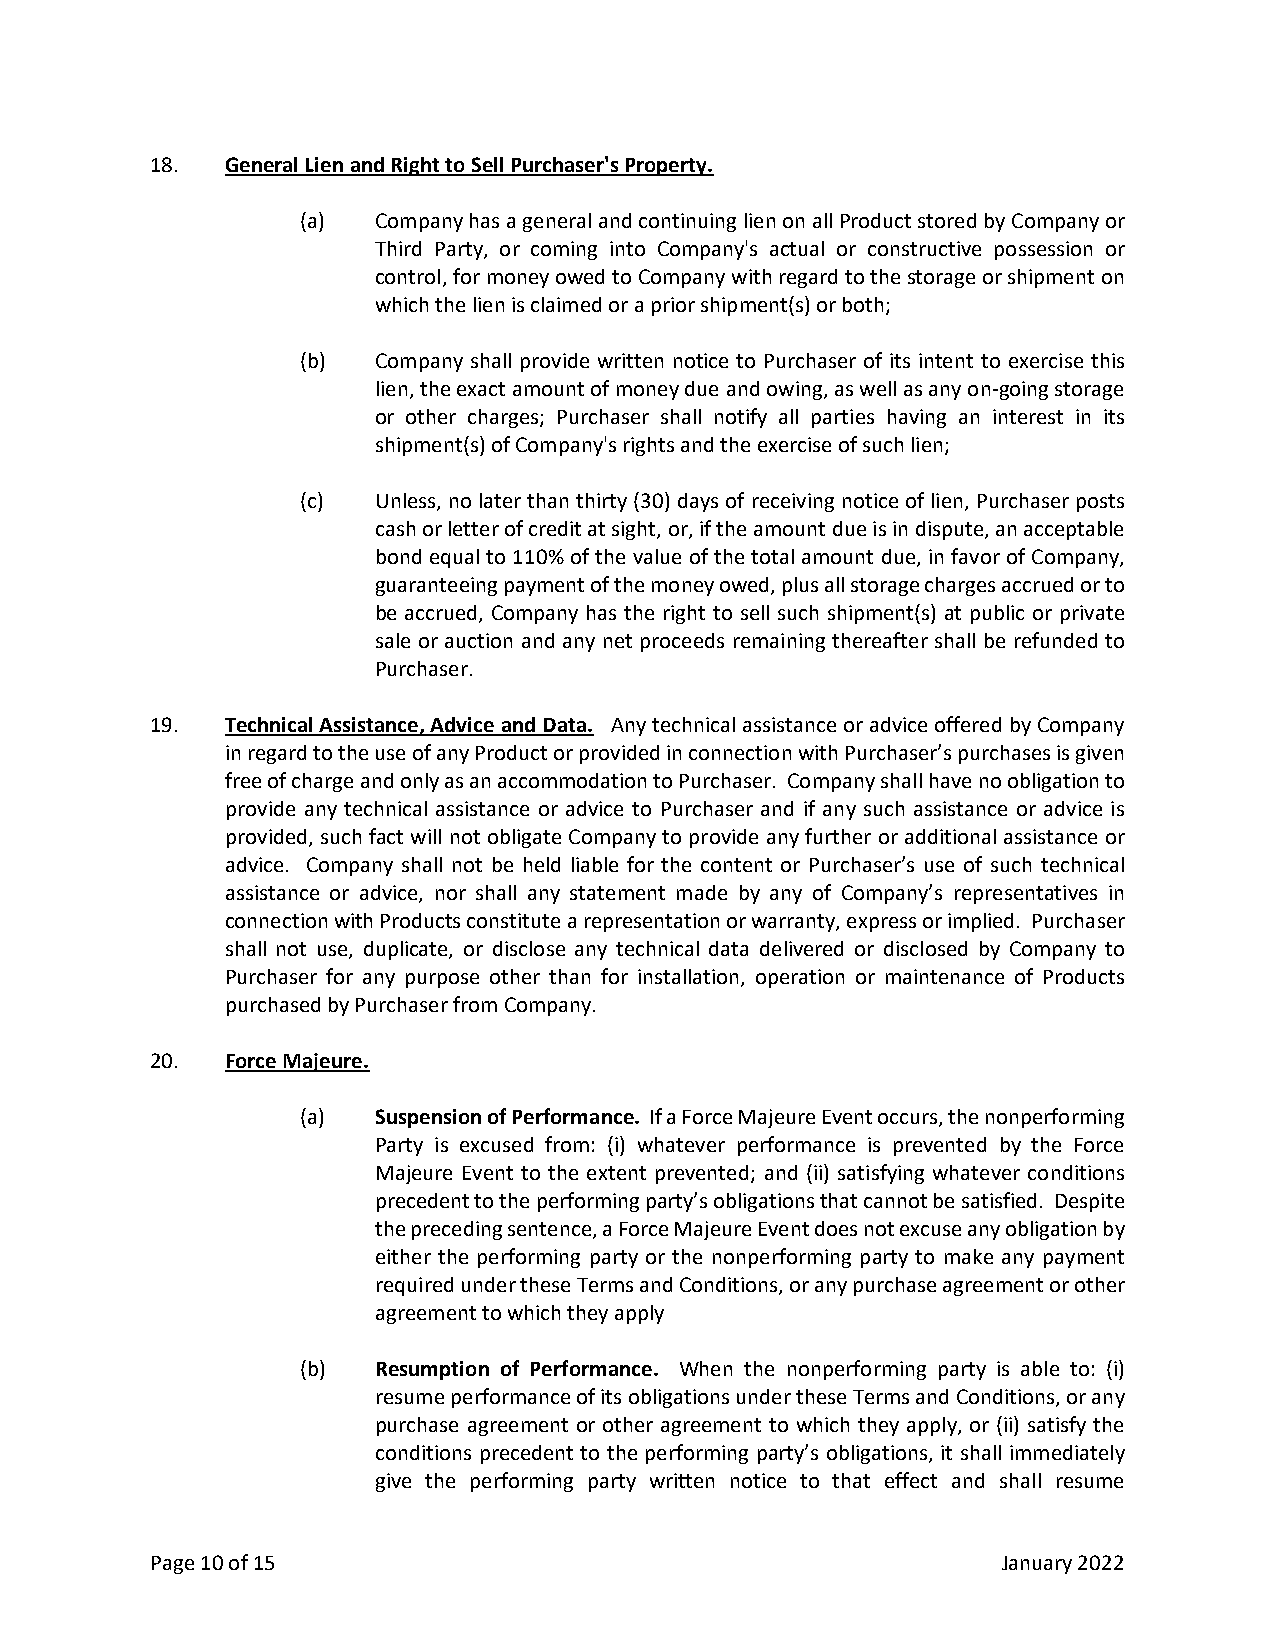
18.  General Lien and Right to Sell Purchaser's Property.
 (a)  Company has a general and continuing lien on all Product stored by Company or
 Third Party, or coming into Company's actual or constructive possession or
 control, for money owed to Company with regard to the storage or shipment on
 which the lien is claimed or a prior shipment(s) or both;
 (b)  Company shall provide written notice to Purchaser of its intent to exercise this
 lien, the exact amount of money due and owing, as well as any on-going storage
 or other charges; Purchaser shall notify all parties having an interest in its
 shipment(s) of Company's rights and the exercise of such lien;
 (c)  Unless, no later than thirty (30) days of receiving notice of lien, Purchaser posts
 cash or letter of credit at sight, or, if the amount due is in dispute, an acceptable
 bond equal to 110% of the value of the total amount due, in favor of Company,
 guaranteeing payment of the money owed, plus all storage charges accrued or to
 be accrued, Company has the right to sell such shipment(s) at public or private
 sale or auction and any net proceeds remaining thereafter shall be refunded to
 Purchaser.
 19.  Technical Assistance, Advice and Data. Any technical assistance or advice offered by Company
 in regard to the use of any Product or provided in connection with Purchaser’s purchases is given
 free of charge and only as an accommodation to Purchaser. Company shall have no obligation to
 provide any technical assistance or advice to Purchaser and if any such assistance or advice is
 provided, such fact will not obligate Company to provide any further or additional assistance or
 advice. Company shall not be held liable for the content or Purchaser’s use of such technical
 assistance or advice, nor shall any statement made by any of Company’s representatives in
 connection with Products constitute a representation or warranty, express or implied. Purchaser
 shall not use, duplicate, or disclose any technical data delivered or disclosed by Company to
 Purchaser for any purpose other than for installation, operation or maintenance of Products
 purchased by Purchaser from Company.
 20.  Force Majeure.
 (a)  Suspension of Performance. If a Force Majeure Event occurs, the nonperforming
 Party is excused from: (i) whatever performance is prevented by the Force
 Majeure Event to the extent prevented; and (ii) satisfying whatever conditions
 precedent to the performing party’s obligations that cannot be satisfied. Despite
 the preceding sentence, a Force Majeure Event does not excuse any obligation by
 either the performing party or the nonperforming party to make any payment
 required under these Terms and Conditions, or any purchase agreement or other
 agreement to which they apply
 (b)  Resumption of Performance. When the nonperforming party is able to: (i)
 resume performance of its obligations under these Terms and Conditions, or any
 purchase agreement or other agreement to which they apply, or (ii) satisfy the
 conditions precedent to the performing party’s obligations, it shall immediately
 give the performing party written notice to that effect and shall resume
 Page 10 of 15                                           January 2022